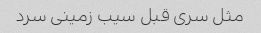
مثل سری قبل سیب زمینی سرد